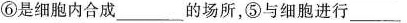
⑥是细胞内合成___的场所，⑤与细胞进行___